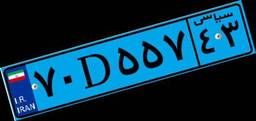
۸۴D۹۲۴۱۴